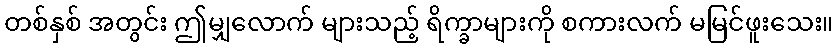
တစ်နှစ် အတွင်း ဤမျှလောက် များသည့် ရိက္ခာများကို စကားလက် မမြင်ဖူးသေး။